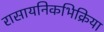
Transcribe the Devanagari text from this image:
रासायनिकभिक्रिया